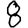
Digit: 8